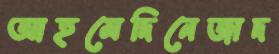
আহমেদিনেজাদ